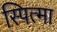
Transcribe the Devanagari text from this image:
स्पित्मा